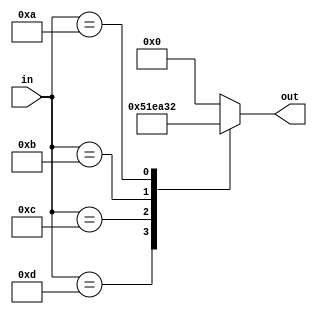
module iEncoder(in, out);
	input [3:0]in;
	output [5:0]out;
	//
	reg [5:0]out;
	//
	always @(*) begin
		case(in)
			4'b1101: out = 6'b010100;
			4'b1100: out = 6'b011110;
			4'b1011: out = 6'b101000;
			4'b1010: out = 6'b110010;
			default: out = 0;
		endcase
	end
endmodule